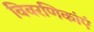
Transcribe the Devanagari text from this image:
विवरणिकांएं